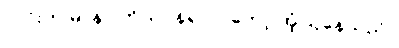
လင်းက မာနာ ကိုယ်ဝန်ရလာတော့ အံ့ဩနေသည်။